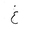
Letter: _gayn